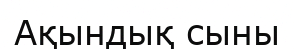
Ақындық сыны